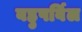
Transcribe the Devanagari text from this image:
बहुपर्विल